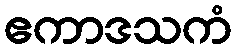
ဧကာဒသကံ